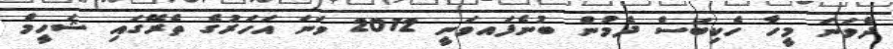
ދެވަނަ މީހާ ހެކިބަސް ދެމުން ބުނެފައވަނީ 2012 ވަނަ އަހަރުގެ ތެރޭގައި ޝަހީމް